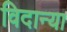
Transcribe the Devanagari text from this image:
विदान्या